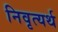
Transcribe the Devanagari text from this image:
निवृत्यर्थ